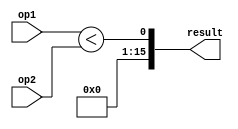
module signedLessThen_16bit(
    op1,
    op2,
    result 
);

input[15:0] op1, op2;
output[15:0] result;

assign result[0] = ($signed(op1) < $signed(op2));
assign result[15:1] = {15{1'b0}};
endmodule // signedLessThen